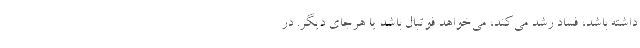
داشته باشد، فساد رشد می‌کند، می‌خواهد فوتبال باشد یا هرجای دیگر. در